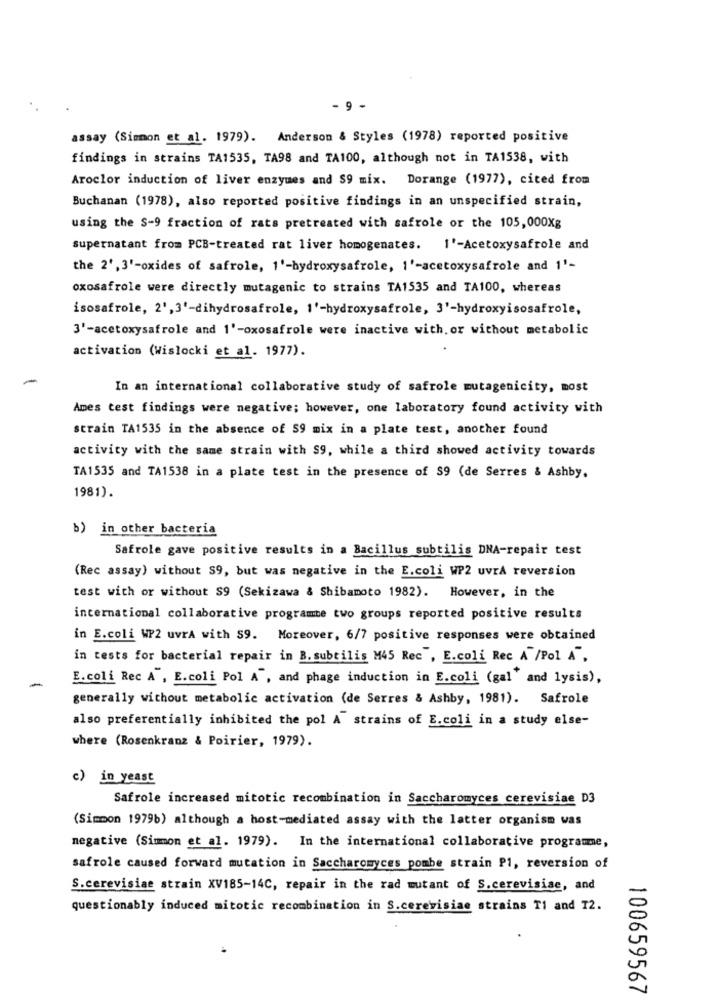
- 9 -
assay (Simmon et al. 1979). Anderson & Styles (1978) reported positive
findings in strains TA1535, TA98 and TA100, although not in TA1538, with
Aroclor induction of liver enzymes and $9 mix. Dorange (1977), cited from
Buchanan (1978), also reported positive findings in an unspecified strain,
using the S-9 fraction of rats pretreated with safrole or the 105,000Xg
supernatant from PCB-treated rat liver homogenates. 1'-Acetoxysafrole and
the 2',3'-oxides of safrole, 1'-hydroxysafrole, i'-acetoxysafrole and 1'-
oxosafrole were directly mutagenic to strains TA1535 and TA100, whereas
isosafrole, 2', 3'-dihydrosafrole, 1'-hydroxysafrole, 3'-hydroxyisosafrole,
3'-acetoxysafrole and 1'-oxosafrole were inactive with or without metabolic
activation (Wislocki et al. 1977).
In an international collaborative study of safrole mutagenicity, most
Ames test findings were negative; however, one laboratory found activity with
strain TA1535 in the absence of 59 mix in a plate test, another found
activity with the same strain with S9, while a third showed activity towards
TA1535 and TA1538 in a plate test in the presence of 39 (de Serres & Ashby.
1981).
b) in other bacteria
Safrole gave positive results in a Bacillus subtilis DNA-repair test
(Rec assay) without S9, but was negative in the E.coli WP2 uvrA reversion
test with or without $9 (Sekizawa & Shibamoto 1982). However, in the
international collaborative programme two groups reported positive results
in E.coli WP2 uvra with S9. Moreover, 6/7 positive responses were obtained
in tests for bacterial repair in B. subtilis M45 Rec", E.coli Rec A /Pol A",
-
E.coli Rec A , E.coli Pol A", and phage induction in E.coli (gal' and lysis),
generally without metabolic activation (de Serres & Ashby, 1981). Safrole
also preferentially inhibited the pol A" strains of E.coli in a study else-
where (Rosenkranz & Poirier, 1979).
c) in yeast
Safrole increased mitotic recombination in Saccharomyces cerevisiae D3
(Simon 1979b) although a host-mediated assay with the latter organism was
negative (Simmon et al. 1979). In the international collaborative programme,
safrole caused forward mutation in Saccharomyces pombe strain P1, reversion of
S.cerevisiae strain XV185-14C, repair in the rad mutant of S.cerevisise, and
questionably induced mitotic recombination in S.cerevisiae strains T1 and T2.
100659567